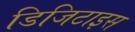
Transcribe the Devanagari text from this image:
डिजिटाइस